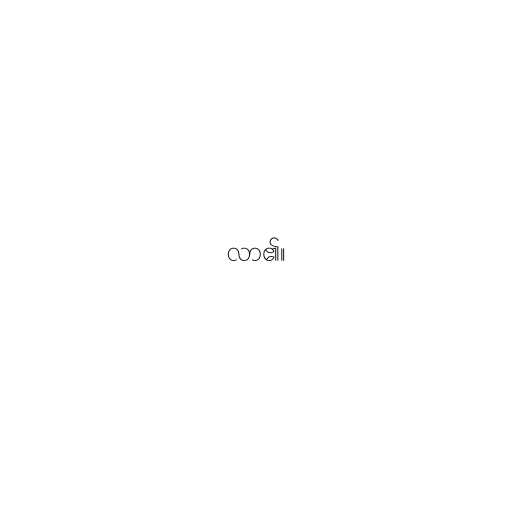
လာ၏။